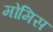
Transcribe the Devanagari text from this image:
मोमिस